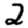
Digit: 2